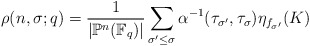
\begin{align*} \rho(n,\sigma;q) = \frac{1}{|\mathbb P^n(\mathbb F_q)|}\sum_{\sigma'\leq \sigma}\alpha^{-1}(\tau_{\sigma'},\tau_{\sigma})\eta_{f_{\sigma'}}(K)\end{align*}